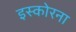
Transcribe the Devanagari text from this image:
इस्कोरना